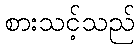
စားသင့်သည်